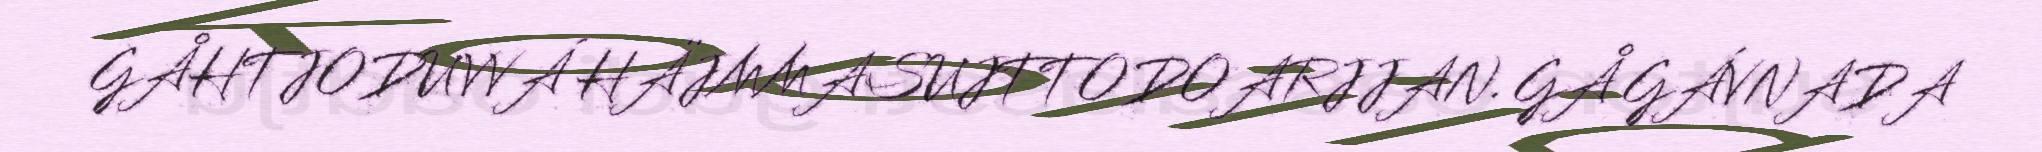
GÅHTJODUVVÁ HÄJMMASUJTTODOARJJAN. GÅ GÁVNADA